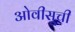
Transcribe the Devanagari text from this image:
ओवीसूची